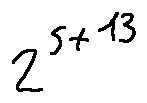
2 ^ { s + 1 3 }